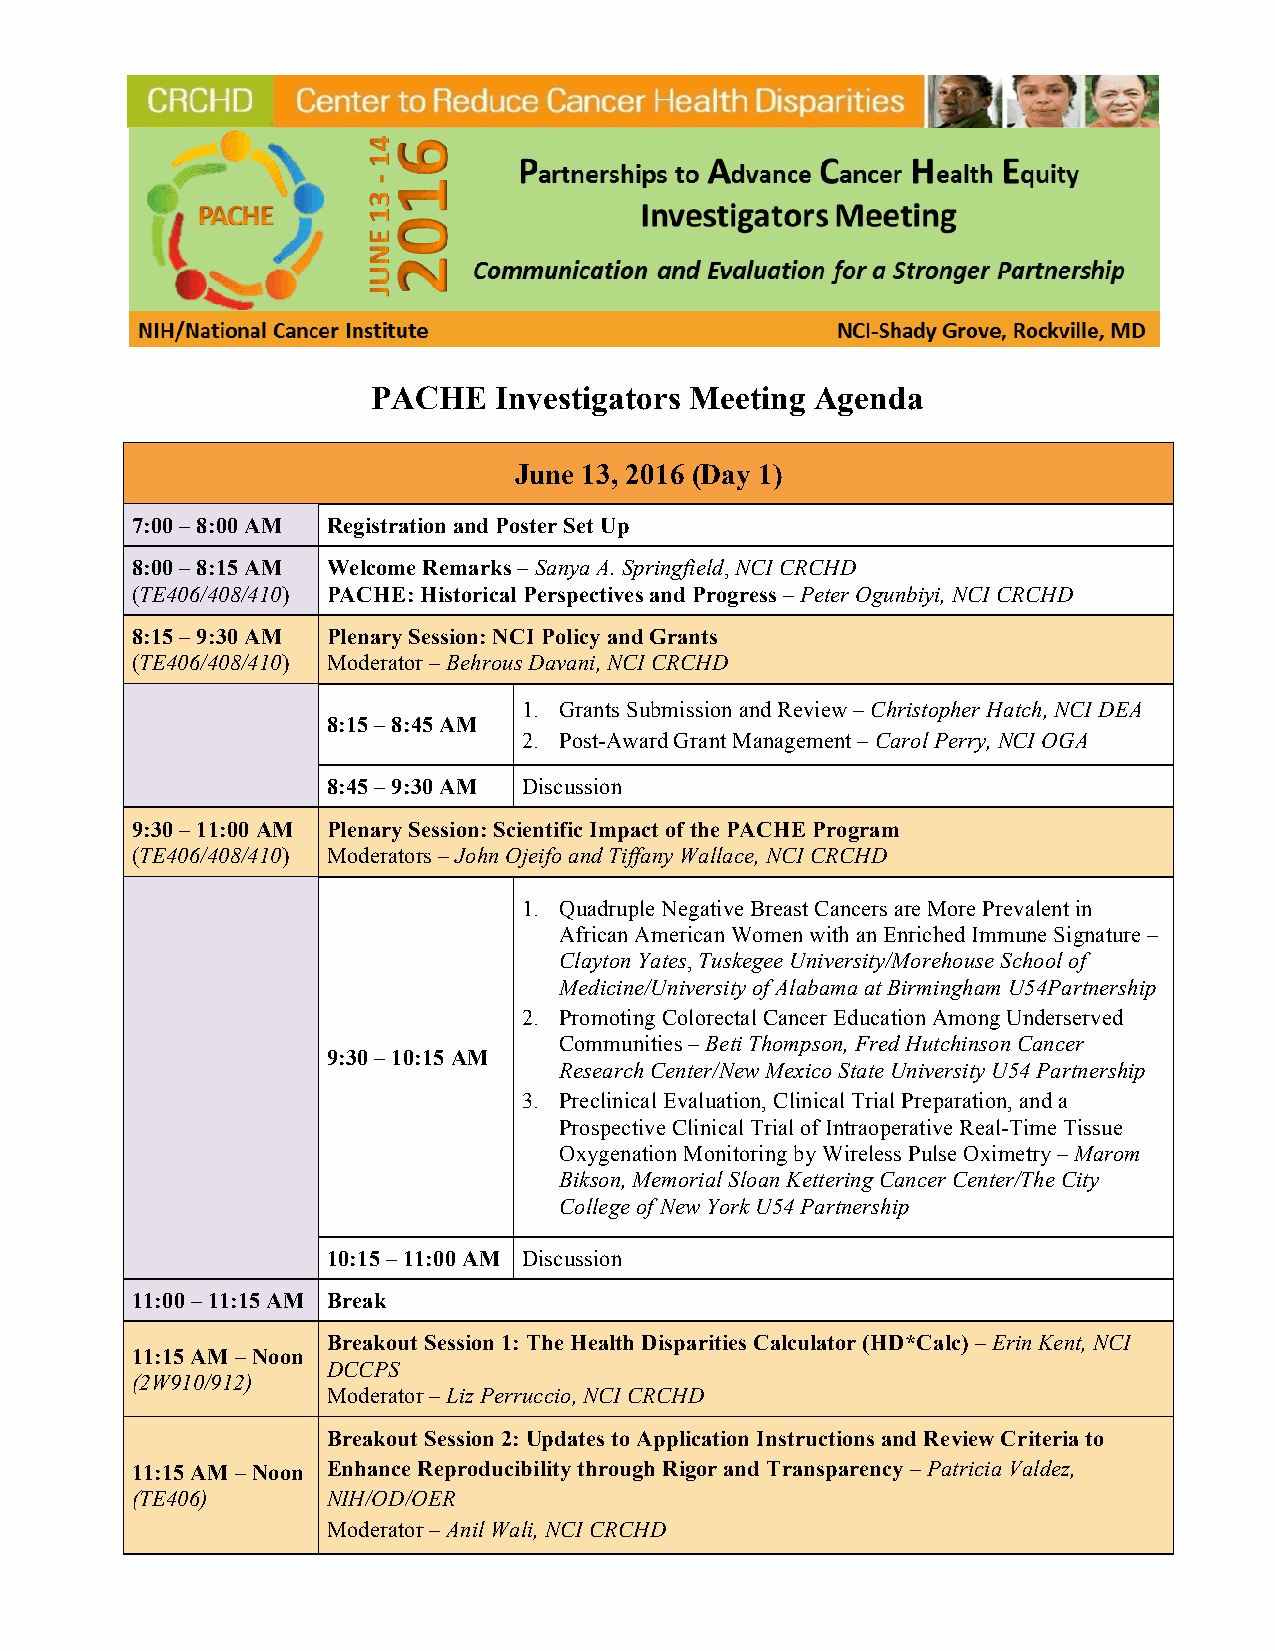
PACHE   Investigators Meeting Agenda
 June 13, 2016 (Day 1)
 7:00 – 8:00 AM Registration and Poster Set Up
 8:00 – 8:15 AM Welcome Remarks – Sanya A. Springfield, NCI CRCHD
 (TE406/408/410) PACHE: Historical Perspectives and Progress – Peter Ogunbiyi, NCI CRCHD
 8:15 – 9:30 AM Plenary Session: NCI Policy and Grants
 (TE406/408/410) Moderator – Behrous Davani, NCI CRCHD
 1. Grants Submission and Review – Christopher Hatch, NCI DEA
 8:15 – 8:45 AM
 2. Post-Award Grant Management – Carol Perry, NCI OGA
 8:45 – 9:30 AM Discussion
 9:30 – 11:00 AM Plenary Session: Scientific Impact of the PACHE Program
 (TE406/408/410) Moderators – John Ojeifo and Tiffany Wallace, NCI CRCHD
 1. Quadruple Negative Breast Cancers are More Prevalent in
 African American Women with an Enriched Immune Signature –
 Clayton Yates, Tuskegee University/Morehouse School of
 Medicine/University of Alabama at Birmingham U54Partnership
 2. Promoting Colorectal Cancer Education Among Underserved
 Communities – Beti Thompson, Fred Hutchinson Cancer
 9:30 – 10:15 AM
 Research Center/New Mexico State University U54 Partnership
 3. Preclinical Evaluation, Clinical Trial Preparation, and a
 Prospective Clinical Trial of Intraoperative Real-Time Tissue
 Oxygenation Monitoring by Wireless Pulse Oximetry – Marom
 Bikson, Memorial Sloan Kettering Cancer Center/The City
 College of New York U54 Partnership
 10:15 – 11:00 AM Discussion
 11:00 – 11:15 AM Break
 Breakout Session 1: The Health Disparities Calculator (HD*Calc) – Erin Kent, NCI
 11:15 AM – Noon
 DCCPS
 (2W910/912)
 Moderator – Liz Perruccio, NCI CRCHD
 Breakout Session 2: Updates to Application Instructions and Review Criteria to
 11:15 AM – Noon Enhance Reproducibility through Rigor and Transparency – Patricia Valdez,
 (TE406)      NIH/OD/OER
 Moderator – Anil Wali, NCI CRCHD